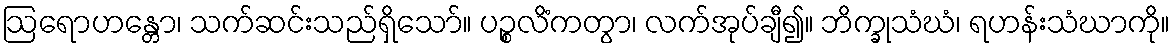
ဩရောဟန္တော၊ သက်ဆင်းသည်ရှိသော်။ ပဉ္စလိံကတွာ၊ လက်အုပ်ချီ၍။ ဘိက္ခုသံဃံ၊ ရဟန်းသံဃာကို။